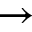
\rightarrow